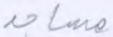
مساجد